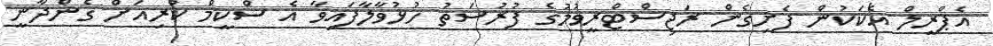
އެޕްރީލް އެކަކުން ފެށިގެން ރަޖިސްޓްރީވުމުގެ ފުރުސަތު ހުޅުވާލާފައިވާ އެ ސްކީމް ކުރިއަށް ގެންދާނީ